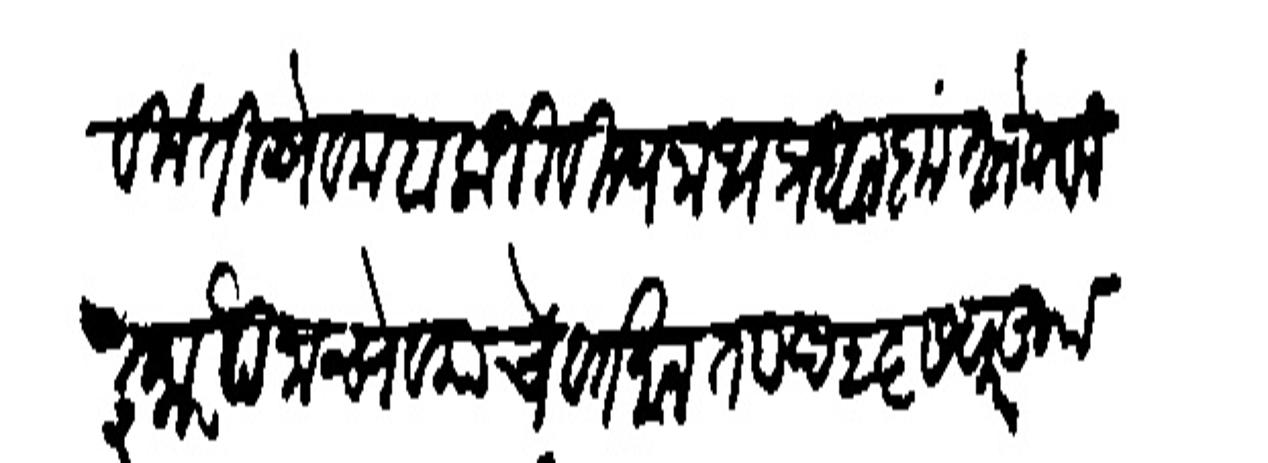
Transliteration (Devanagari): बिनंती सेवक बालाजी विश्वनाथ प्रधान कृतानेक विजापना सेवकाचे वर्तमान ता छ २६ सफर खुड